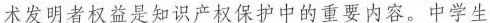
术发明者权益是知识产权保护中的重要内容。中学生